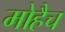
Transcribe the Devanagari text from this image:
मोहैच